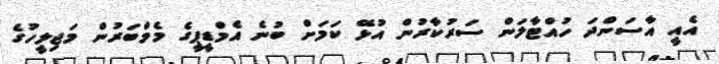
އެއީ އާސަންދަ ހުއްޓާލަން ސަރުކާރުން އުޅޭ ކަމަށް ބުނެ އެމްޑީޕީގެ މެމްބަރުން މަޖިލީހުގެ